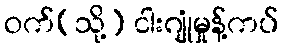
ဝက်(သို့) ငါးဂျုံမှုန့်ကပ်